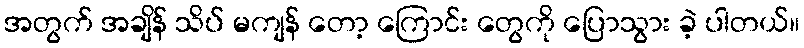
အတွက် အချိန် သိပ် မကျန် တော့ ကြောင်း တွေကို ပြောသွား ခဲ့ ပါတယ်။